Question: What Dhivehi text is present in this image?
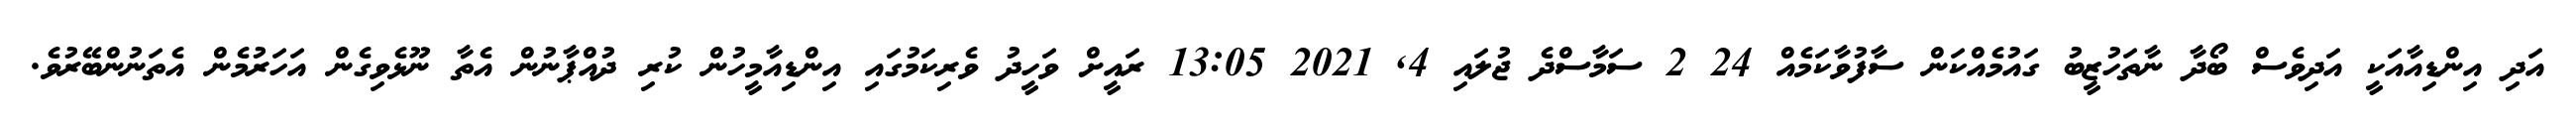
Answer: އަދި އިންޑިއާއަކީ އަދިވެސް ބޯދާ ނާތަހުޒީބު ގައުމެއްކަން ސާފުވާކަމެއް 24 2 ސަމާސްދެ ޖުލައި 4, 2021 13:05 ރައީށް ވަހީދު ވެރިކަމުގައި އިންޑިއާމީހުން ކުރި ދުއްޕާނުން އެތާ ނޫޅެވިގެން އަހަރުމެން އެތަނުންބޭރުވެ.